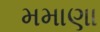
મમાણા